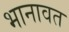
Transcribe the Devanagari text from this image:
भानावत